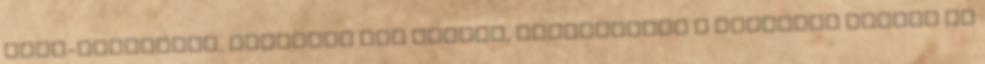
ENSZ-palotában, Japánban sok helyen, novemberben a Carnegie Hallba is